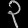
Digit: ၃